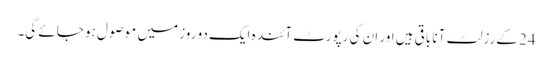
24کے رزلٹ آنا باقی ہیں اور ان کی رپورٹ آئندہ ایک دو روز میں موصول ہو جائے گی۔